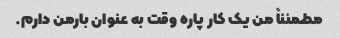
مطمئناً من یک کار پاره وقت به عنوان بارمن دارم.